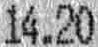
14.20